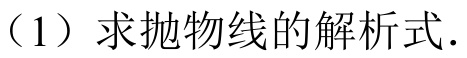
（1）求抛物线的解析式.